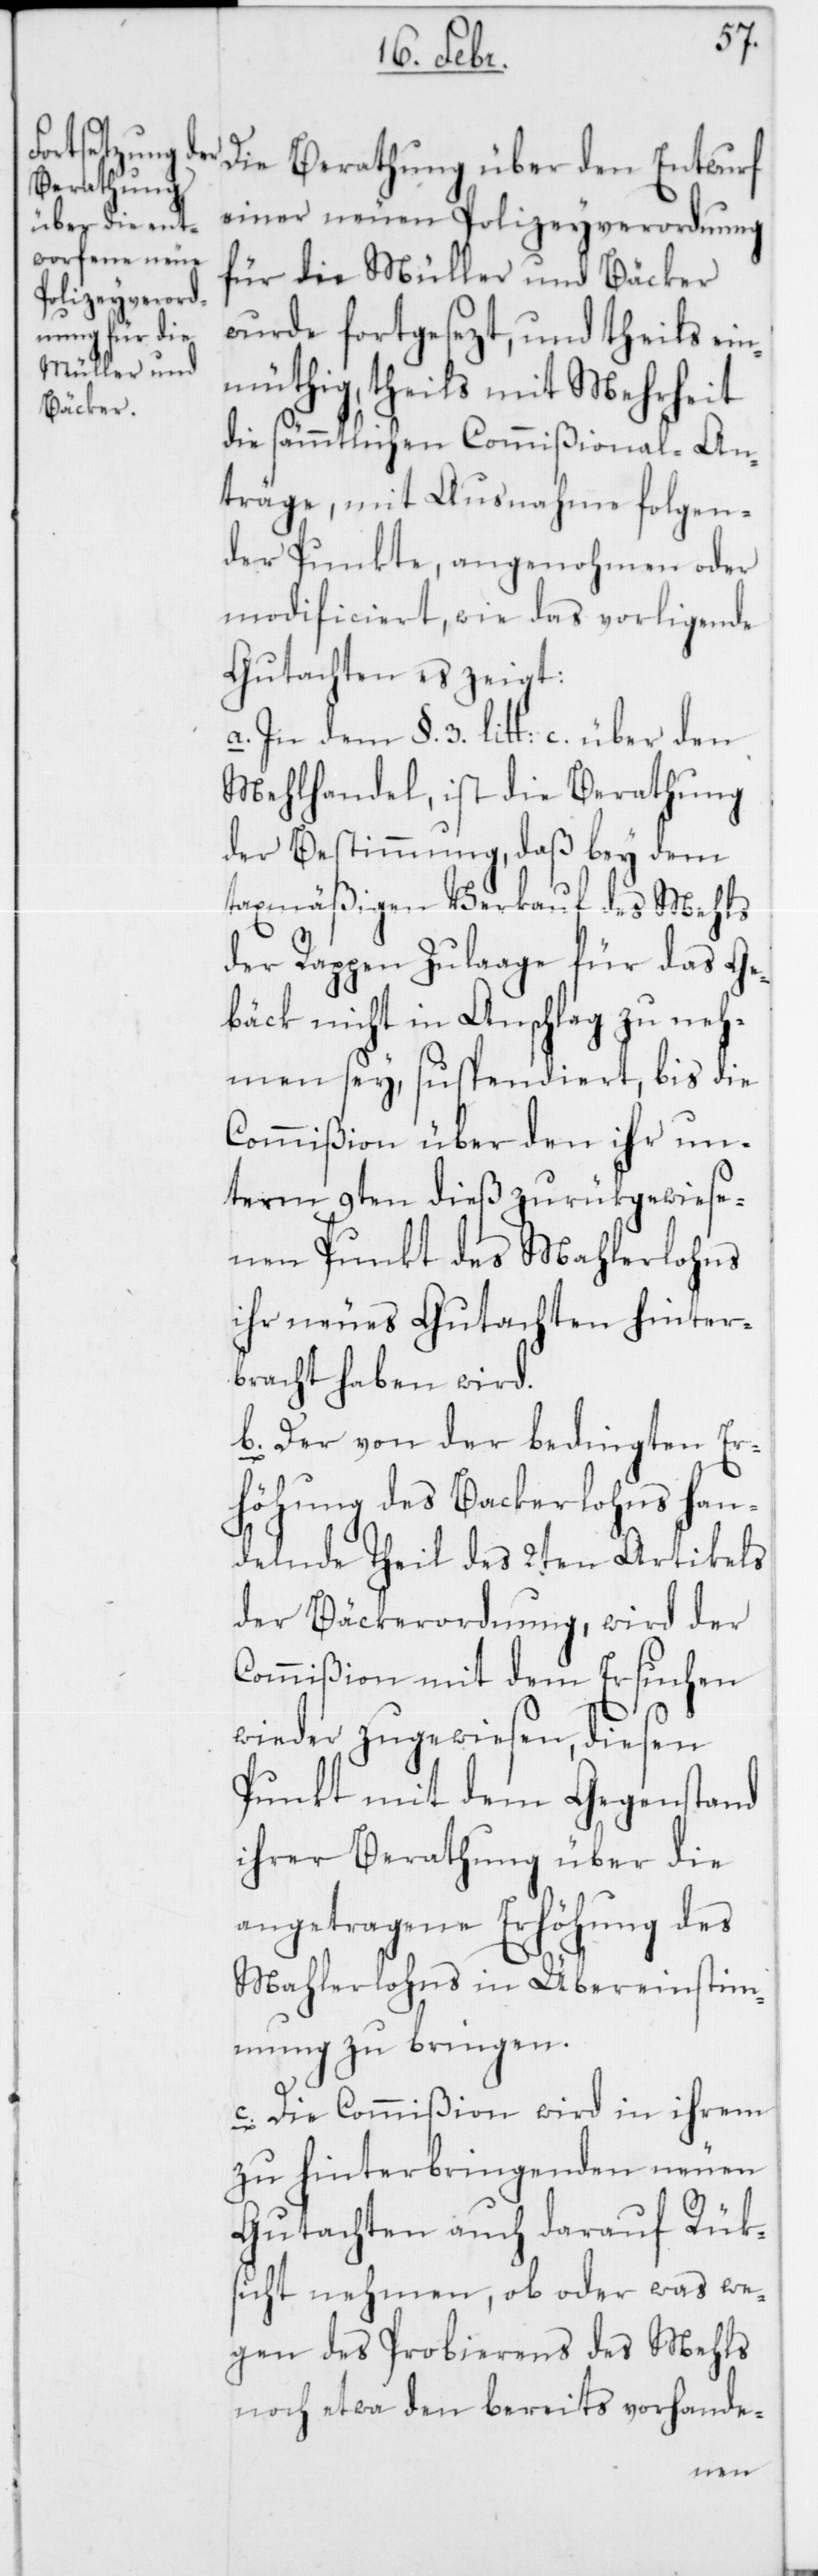
Die Berathung über den Entwurf
einer neuen Polizeyverordnung
für die Müller und Bäcker
wurde fortgesezt, und theils ei¬
nmüthig, theils mit Mehrheit
die sämmtlichen Commißional-An¬
träge, mit Ausnahme folgen¬
der Punkte, angenohmen oder
modificiert, wie das vorligende
Gutachten es zeigt:
a. In dem §. 3. litt: c. über den
Mehlhandel, ist die Berathung
der Bestimmung, daß bey dem
taxmäßigen Verkauf des Mehls
der Rappen Zulaage für das Ge¬
bäck nicht in Anschlag zu neh¬
men sey, suspendiert, bis die
Commißion über den ihr un¬
term 9ten dieß zurükgewiese¬
nen Punkt des Mahlerlohns
ihr neues Gutachten hinter¬
bracht haben wird.
b. Der von der bedingten Er¬
höhung des Backerlohns han¬
delnde Theil des 2ten Artikels
der Bäckerordnung, wird der
Commißion mit dem Ersuchen
wieder zugewiesen, diesen
Punkt mit dem Gegenstand
ihrer Berathung über die
angetragene Erhöhung des
Mahlerlohns in Übereinstim¬
mung zu bringen.
c. Die Commißion wird in ihrem
zu hinterbringenden neuen
Gutachten auch darauf Rük¬
sicht nehmen, ob oder was we¬
gen des Probierens des Mehls
noch etwa den bereits vorhande-